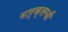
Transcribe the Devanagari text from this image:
मार्क्सची